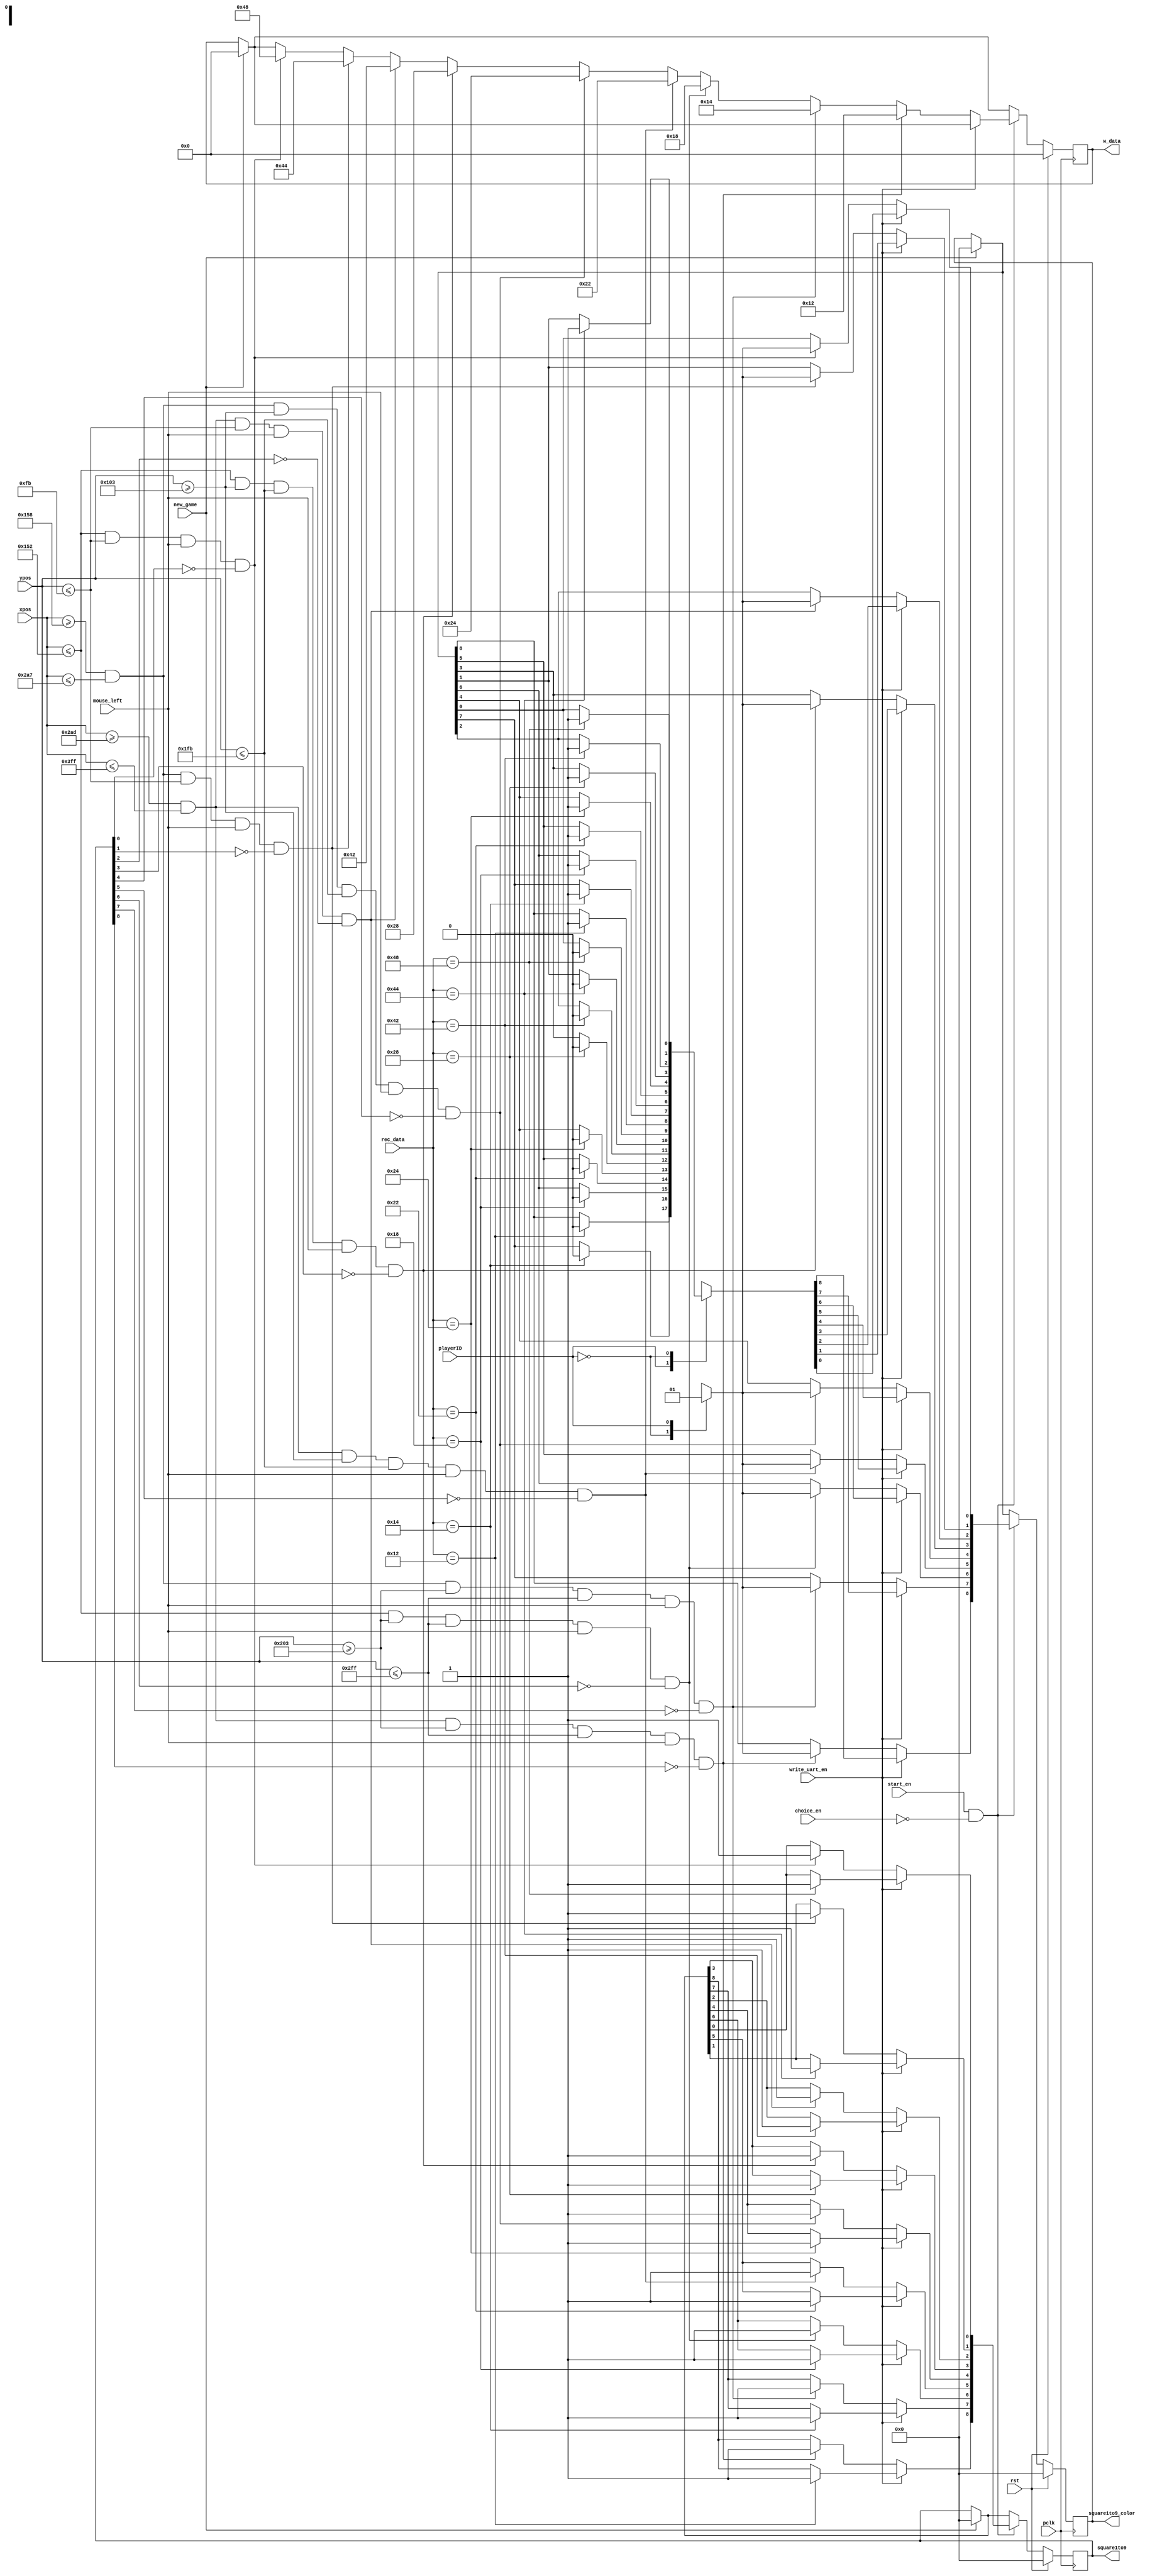
`timescale 1ns / 1ps
//////////////////////////////////////////////////////////////////////////////////
// Company: AGH UST
// Engineers: Hubert Kwaniewski, Marcin Mistela
// 
// Design Name: 
// Module Name: square_ctl
// Project Name: Tic-tac-toe game
// Target Devices: 
// Tool Versions: 
// Description: 
// 
// Dependencies: 
// 
// Revision:
// Revision 0.01 - File Created
// Additional Comments:
// 
//////////////////////////////////////////////////////////////////////////////////


module square_ctl(
    input wire pclk, rst,
    input wire mouse_left,
    input wire [11:0] xpos,
    input wire [11:0] ypos,
    input wire start_en,
    input wire choice_en,
    input wire playerID,
    input wire write_uart_en,
    input wire [7:0] rec_data,
    input wire new_game,
    output reg [7:0] w_data,
    output reg [8:0] square1to9, square1to9_color
    );
    
    reg [7:0] w_data_nxt;
    reg [8:0] square1to9_nxt, square1to9_color_nxt;
    
    localparam HEIGHT1 = 251,
               WIDTH1  = 338,
               BLUE    = 1'b0,
               YELLOW  = 1'b1;   
    
    always@(posedge pclk)
    begin
        if(rst)
        begin
            w_data <= 0;
            square1to9 <= 0;
            square1to9_color <= 0;
        end
        else
        begin
            w_data <= w_data_nxt;
            square1to9 <= square1to9_nxt;
            square1to9_color <= square1to9_color_nxt;
        end
    end
    
    always@*
    begin
        if(~new_game)
        begin
            w_data_nxt = w_data;
            square1to9_nxt = square1to9;
            square1to9_color_nxt = square1to9_color;
        end
        else
        begin
            w_data_nxt = 0;
            square1to9_nxt = 0;
            square1to9_color_nxt = 0;
        end
            
            if((start_en && (~choice_en)))
            begin
                
                if(write_uart_en)
                begin
                    case(playerID)
                        1'b1:
                        begin
                            case(rec_data)
                                8'b01001000:
                                begin
                                    square1to9_nxt[0] = 1'b1;
                                    square1to9_color_nxt[0] = BLUE;
                                end
                                8'b01000100:
                                begin
                                    square1to9_nxt[1] = 1'b1;
                                    square1to9_color_nxt[1] = BLUE;
                                end
                                8'b01000010:
                                begin
                                    square1to9_nxt[2] = 1'b1;
                                    square1to9_color_nxt[2] = BLUE;
                                end
                                8'b00101000:
                                begin
                                    square1to9_nxt[3] = 1'b1;
                                    square1to9_color_nxt[3] = BLUE;
                                end
                                8'b00100100:
                                begin
                                    square1to9_nxt[4] = 1'b1;
                                    square1to9_color_nxt[4] = BLUE;
                                end
                                8'b00100010:
                                begin
                                    square1to9_nxt[5] = 1'b1;
                                    square1to9_color_nxt[5] = BLUE;
                                end
                                8'b00011000:
                                begin
                                    square1to9_nxt[6] = 1'b1;
                                    square1to9_color_nxt[6] = BLUE;
                                end
                                8'b00010100:
                                begin
                                    square1to9_nxt[7] = 1'b1;
                                    square1to9_color_nxt[7] = BLUE;
                                end
                                8'b00010010:
                                begin
                                    square1to9_nxt[8] = 1'b1;
                                    square1to9_color_nxt[8] = BLUE;
                                end
                            endcase
                        end
                        1'b0:
                        begin
                            case(rec_data)
                                8'b01001000:
                                begin
                                    square1to9_nxt[0] = 1'b1;
                                    square1to9_color_nxt[0] = YELLOW;
                                end
                                8'b01000100:
                                begin
                                    square1to9_nxt[1] = 1'b1;
                                    square1to9_color_nxt[1] = YELLOW;
                                end
                                8'b01000010:
                                begin
                                    square1to9_nxt[2] = 1'b1;
                                    square1to9_color_nxt[2] = YELLOW;
                                end
                                8'b00101000:
                                begin
                                    square1to9_nxt[3] = 1'b1;
                                    square1to9_color_nxt[3] = YELLOW;
                                end
                                8'b00100100:
                                begin
                                    square1to9_nxt[4] = 1'b1;
                                    square1to9_color_nxt[4] = YELLOW;
                                end
                                8'b00100010:
                                begin
                                    square1to9_nxt[5] = 1'b1;
                                    square1to9_color_nxt[5] = YELLOW;
                                end
                                8'b00011000:
                                begin
                                    square1to9_nxt[6] = 1'b1;
                                    square1to9_color_nxt[6] = YELLOW;
                                end
                                8'b00010100:
                                begin
                                    square1to9_nxt[7] = 1'b1;
                                    square1to9_color_nxt[7] = YELLOW;
                                end
                                8'b00010010:
                                begin
                                    square1to9_nxt[8] = 1'b1;
                                    square1to9_color_nxt[8] = YELLOW;
                                end
                            endcase
                        end
                    endcase
                end
                else
                begin
                    if((xpos <= WIDTH1) && (ypos <= HEIGHT1) && (mouse_left == 1) && (~square1to9[0]))
                    begin
                        case(playerID)
                            1'b0:
                            begin
                                square1to9_nxt[0] = 1'b1;
                                square1to9_color_nxt[0] = BLUE;
                                w_data_nxt = 8'b01001000;
                            end
                            1'b1:
                            begin
                                square1to9_nxt[0] = 1'b1;
                                square1to9_color_nxt[0] = YELLOW;
                                w_data_nxt = 8'b01001000;
                            end
                        endcase
                    end

                    if((xpos >= 344) && (xpos <= 679) && (ypos <= HEIGHT1) && (mouse_left == 1) && (~square1to9[1]))
                    begin
                        case(playerID)
                            1'b0:
                            begin
                                square1to9_nxt[1] = 1'b1;
                                square1to9_color_nxt[1] = BLUE;
                                w_data_nxt = 8'b01000100;
                            end
                            1'b1:
                            begin
                                square1to9_nxt[1] = 1'b1;
                                square1to9_color_nxt[1] = YELLOW;
                                w_data_nxt = 8'b01000100;
                            end
                        endcase
                    end

                    if((xpos >= 685) && (xpos <= 1023) && (ypos <= HEIGHT1) && (mouse_left == 1) && (~square1to9[2]))
                    begin
                        case(playerID)
                            1'b0:
                            begin
                                square1to9_nxt[2] = 1'b1;
                                square1to9_color_nxt[2] = BLUE;
                                w_data_nxt = 8'b01000010;
                            end
                            1'b1:
                            begin
                                square1to9_nxt[2] = 1'b1;
                                square1to9_color_nxt[2] = YELLOW;
                                w_data_nxt = 8'b01000010;
                            end
                        endcase
                    end

                    if((xpos <= WIDTH1) && (ypos >= 259) && (ypos <= 507) && (mouse_left == 1) && (~square1to9[3]))
                    begin
                        case(playerID)
                            1'b0:
                            begin
                                square1to9_nxt[3] = 1'b1;
                                square1to9_color_nxt[3] = BLUE;
                                w_data_nxt = 8'b00101000;
                            end
                            1'b1:
                            begin
                                square1to9_nxt[3] = 1'b1;
                                square1to9_color_nxt[3] = YELLOW;
                                w_data_nxt = 8'b00101000;
                            end
                        endcase
                    end

                    if((xpos >= 344) && (xpos <= 679) && (ypos >= 259) && (ypos <= 507) && (mouse_left == 1) && (~square1to9[4]))
                    begin
                        case(playerID)
                            1'b0:
                            begin
                                square1to9_nxt[4] = 1'b1;
                                square1to9_color_nxt[4] = BLUE;
                                w_data_nxt = 8'b00100100;
                            end
                            1'b1:
                            begin
                                square1to9_nxt[4] = 1'b1;
                                square1to9_color_nxt[4] = YELLOW;
                                w_data_nxt = 8'b00100100;
                            end
                        endcase
                    end

                    if((xpos >= 685) && (xpos <= 1023) && (ypos >= 259) && (ypos <= 507) && (mouse_left == 1) && (~square1to9[5]))
                    begin
                        case(playerID)
                            1'b0:
                            begin
                                square1to9_nxt[5] = 1'b1;
                                square1to9_color_nxt[5] = BLUE;
                                w_data_nxt = 8'b00100010;
                            end
                            1'b1:
                            begin
                                square1to9_nxt[5] = 1'b1;
                                square1to9_color_nxt[5] = YELLOW;
                                w_data_nxt = 8'b00100010;
                            end
                        endcase
                    end

                    if((xpos <= WIDTH1) && (ypos >= 515) && (ypos <= 767) && (mouse_left == 1) && (~square1to9[6]))
                    begin
                        case(playerID)
                            1'b0:
                            begin
                                square1to9_nxt[6] = 1'b1;
                                square1to9_color_nxt[6] = BLUE;
                                w_data_nxt = 8'b00011000;
                            end
                            1'b1:
                            begin
                                square1to9_nxt[6] = 1'b1;
                                square1to9_color_nxt[6] = YELLOW;
                                w_data_nxt = 8'b00011000;
                            end
                        endcase
                    end

                    if((xpos >= 344) && (xpos <= 679) && (ypos >= 515) && (ypos <= 767) && (mouse_left == 1) && (~square1to9[7]))
                    begin
                        case(playerID)
                            1'b0:
                            begin
                                square1to9_nxt[7] = 1'b1;
                                square1to9_color_nxt[7] = BLUE;
                                w_data_nxt = 8'b00010100;
                            end
                            1'b1:
                            begin
                                square1to9_nxt[7] = 1'b1;
                                square1to9_color_nxt[7] = YELLOW;
                                w_data_nxt = 8'b00010100;
                            end
                        endcase
                    end

                    if((xpos >= 685) && (xpos <= 1023) && (ypos >= 515) && (ypos <= 767) && (mouse_left == 1) && (~square1to9[8]))
                    begin
                        case(playerID)
                            1'b0:
                            begin
                                square1to9_nxt[8] = 1'b1;
                                square1to9_color_nxt[8] = BLUE;
                                w_data_nxt = 8'b00010010;
                            end
                            1'b1:
                            begin
                                square1to9_nxt[8] = 1'b1;
                                square1to9_color_nxt[8] = YELLOW;
                                w_data_nxt = 8'b00010010;
                            end
                        endcase
                    end
               end
           end
     end
    
endmodule